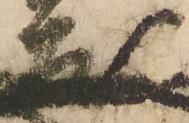
友